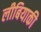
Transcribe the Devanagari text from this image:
लीबियाकी